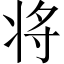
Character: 将